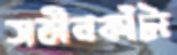
সতীনকাঁটা